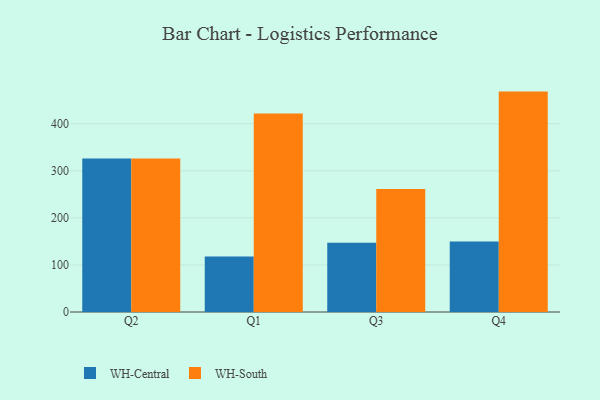
{"axis": {"x": "Quarter", "y": "Net Income (USD K)"}, "legend": ["WH-Central", "WH-South"], "data": [{"x": "Q2", "y": 325.9, "type": "WH-Central"}, {"x": "Q2", "y": 326.2, "type": "WH-South"}, {"x": "Q1", "y": 117.9, "type": "WH-Central"}, {"x": "Q1", "y": 421.5, "type": "WH-South"}, {"x": "Q3", "y": 147.3, "type": "WH-Central"}, {"x": "Q3", "y": 261.4, "type": "WH-South"}, {"x": "Q4", "y": 149.5, "type": "WH-Central"}, {"x": "Q4", "y": 468.2, "type": "WH-South"}]}